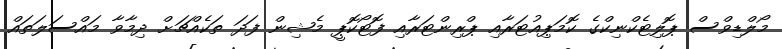
މޯލްޑިވްސް ޕޮލިޓެކްނިކްގެ ކޮމަޕިއުޓަރާއި ޕްރިންޓަރާއި ފޮޓޯކޮޕީ މެޝިން ފަދަ ތަކެއްޗަށް ދިމާވާ މައްސަލަތައް